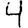
Digit: 4